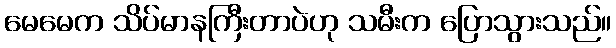
မေမေက သိပ်မာနကြီးတာပဲဟု သမီးက ပြောသွားသည်။